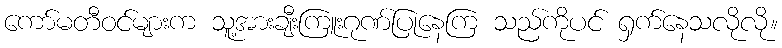
ကော်မတီဝင်များက သူ့အားချီးကြူးဂုဏ်ပြုနေကြ သည်ကိုပင် ရှက်နေသလိုလို။